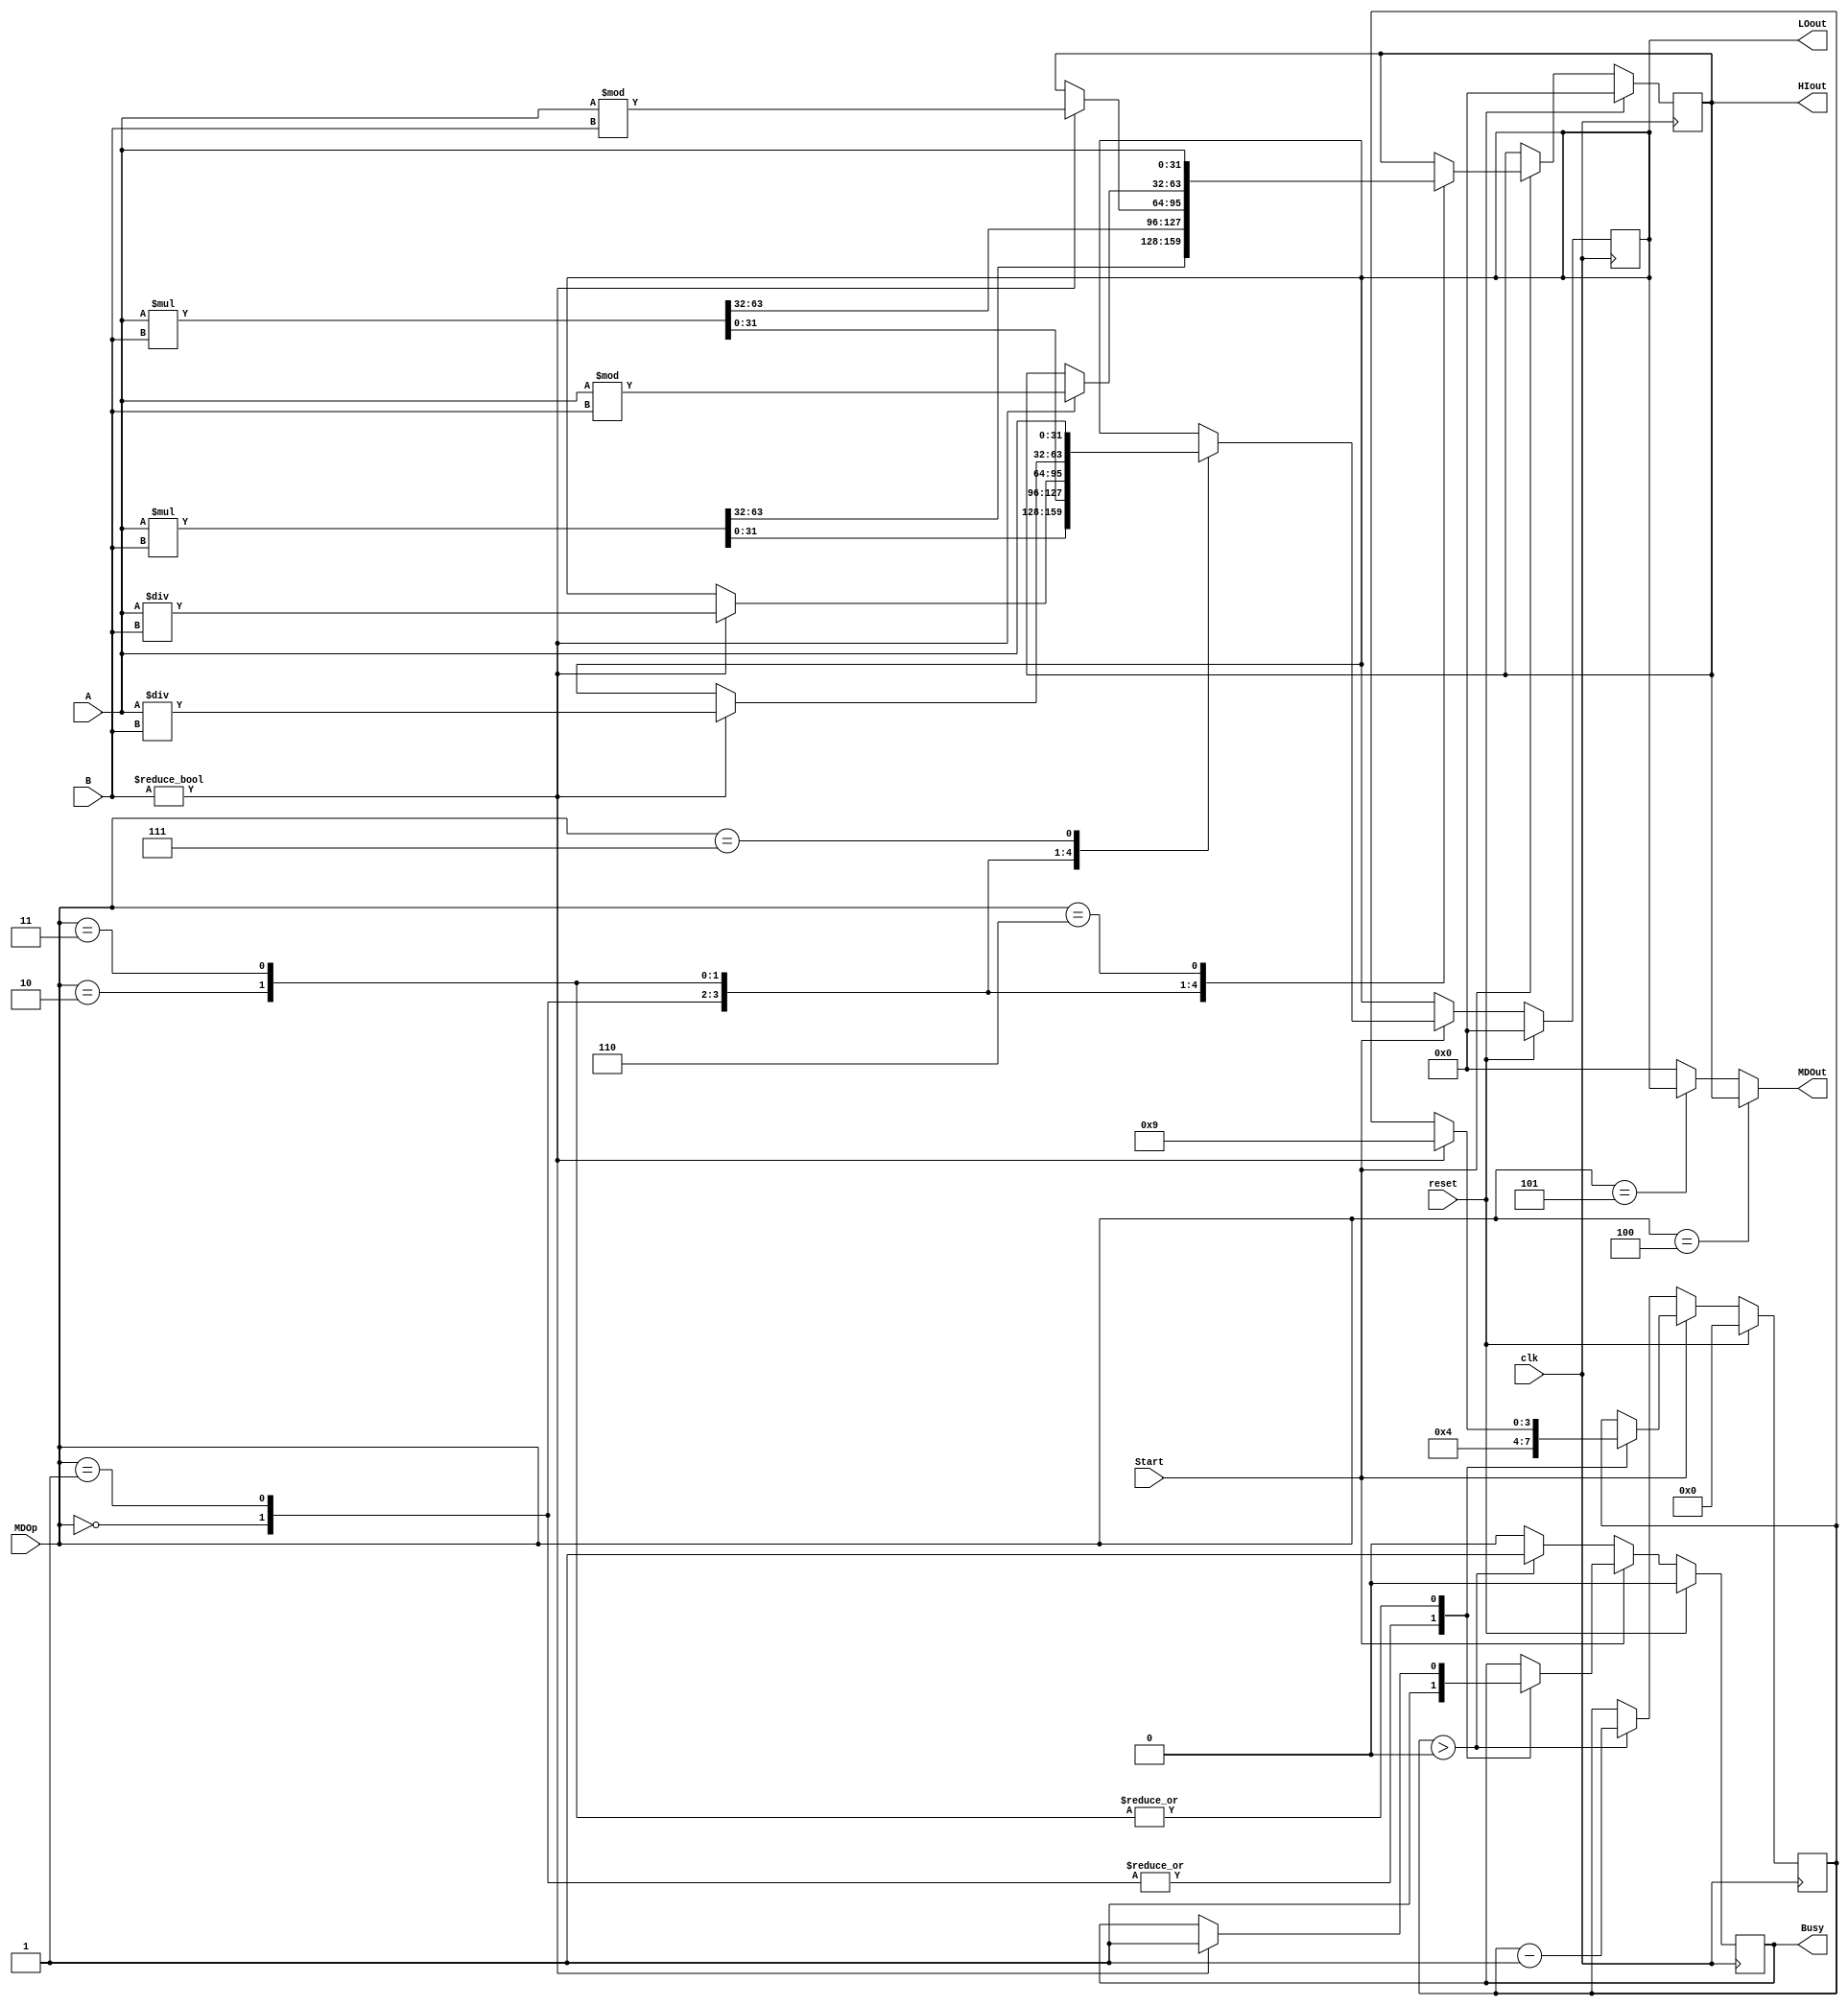
`timescale 1ns / 1ps
//////////////////////////////////////////////////////////////////////////////////
// Company: 
// Engineer: 
// 
// Design Name: 
// Module Name:    MultDiv 
// Project Name: 
// Target Devices: 
// Tool versions: 
// Description: 
//
// Dependencies: 
//
// Revision: 
// Revision 0.01 - File Created
// Additional Comments: 
//
//////////////////////////////////////////////////////////////////////////////////
`define op 31:26
`define func 5:0
module MultDiv(
	 input  clk,
	 input  reset,
	 input  [3:0] MDOp,
	 input  [31:0] A,
	 input  [31:0] B,
	 input  Start,
	 output  [31:0] HIout,
	 output  [31:0] LOout,
	 output  [31:0] MDOut,
	 output  Busy
    );
	 reg [31:0] HI_Reg;
	 reg [31:0] LO_Reg;
	 reg _busy;
	 reg [3:0] count;
	 
	 parameter MULT = 4'b0000,
				  MULTU = 4'b0001,
				  DIV = 4'b0010,
				  DIVU = 4'b0011,
				  MFHI = 4'b0100,
				  MFLO = 4'b0101,
				  MTHI = 4'b0110,
				  MTLO = 4'b0111;
				  
	 assign HIout = HI_Reg,
			  LOout = LO_Reg,
			  Busy = _busy;
			  
	 assign MDOut = (MDOp[3:0] == MFHI) ? HI_Reg :
						 (MDOp[3:0] == MFLO) ? LO_Reg :
						                32'h0000_0000 ;
			  
	 initial begin
		HI_Reg <= 32'h0000_0000;
		LO_Reg <= 32'h0000_0000;
		_busy <= 1'b0;
		count <= 4'b0000;
	 end
				  
	 always @(posedge clk) begin
		if (reset) begin
			HI_Reg <= 32'h0000_0000;
			LO_Reg <= 32'h0000_0000;
			_busy <= 1'b0;
			count <= 4'b0000;
		end
		else if (Start) begin
			case (MDOp[3:0])
				MULT: begin
							{ HI_Reg , LO_Reg } <= $signed(A) * $signed(B);
							count <= 4'b0100;
							_busy <= 1'b1;
						end
				MULTU: begin
							{ HI_Reg , LO_Reg } <= A * B;
							count <= 4'b0100;
							_busy <= 1'b1;
						 end
				DIV: if (B != 32'h0000_0000) begin
						 HI_Reg <= $signed(A) % $signed(B);
						 LO_Reg <= $signed(A) / $signed(B);
						 count <= 4'b1001;
						 _busy <= 1'b1;
					  end
				DIVU: if (B != 32'h0000_0000) begin
						  HI_Reg <= A % B;
						  LO_Reg <= A / B;
						  count <= 4'b1001;
						  _busy <= 1'b1;
						end
				MTHI: HI_Reg <= A;
				MTLO: LO_Reg <= A;
				default;
			endcase
		end
		else if (count > 4'b0000) begin
			count <= count - 1'b1;
			_busy <= 1'b1;
		end
		else begin
			_busy <= 1'b0;
		end
	 end

endmodule